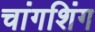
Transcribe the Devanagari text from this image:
चांगशिंग